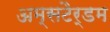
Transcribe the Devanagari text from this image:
अम्सटैर्डम